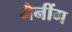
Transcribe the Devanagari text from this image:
मैनींग